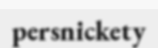
persnickety